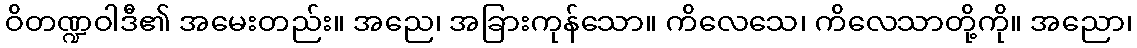
ဝိတဏ္ဍဝါဒီ၏ အမေးတည်း။ အညေ၊ အခြားကုန်သော။ ကိလေသေ၊ ကိလေသာတို့ကို။ အညော၊